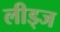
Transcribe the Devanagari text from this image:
लीड्ज